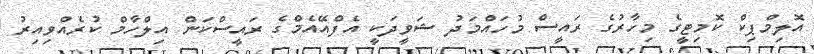
އޮލިމްޕިކް ކޮމިޓީގެ މިހާރުގެ ރައީސް މުހައްމަދު ޝަވީދަކީ އެފްއޭއެމްގެ ރައީސްކަން އިލްހާމް ކުރެއްވިއިރު